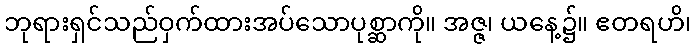
ဘုရားရှင်သည်ဝှက်ထားအပ်သောပုစ္ဆာကို။ အဇ္ဇ၊ ယနေ့၌။ ဧတရဟိ၊